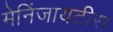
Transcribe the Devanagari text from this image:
मेनिंजायटीस